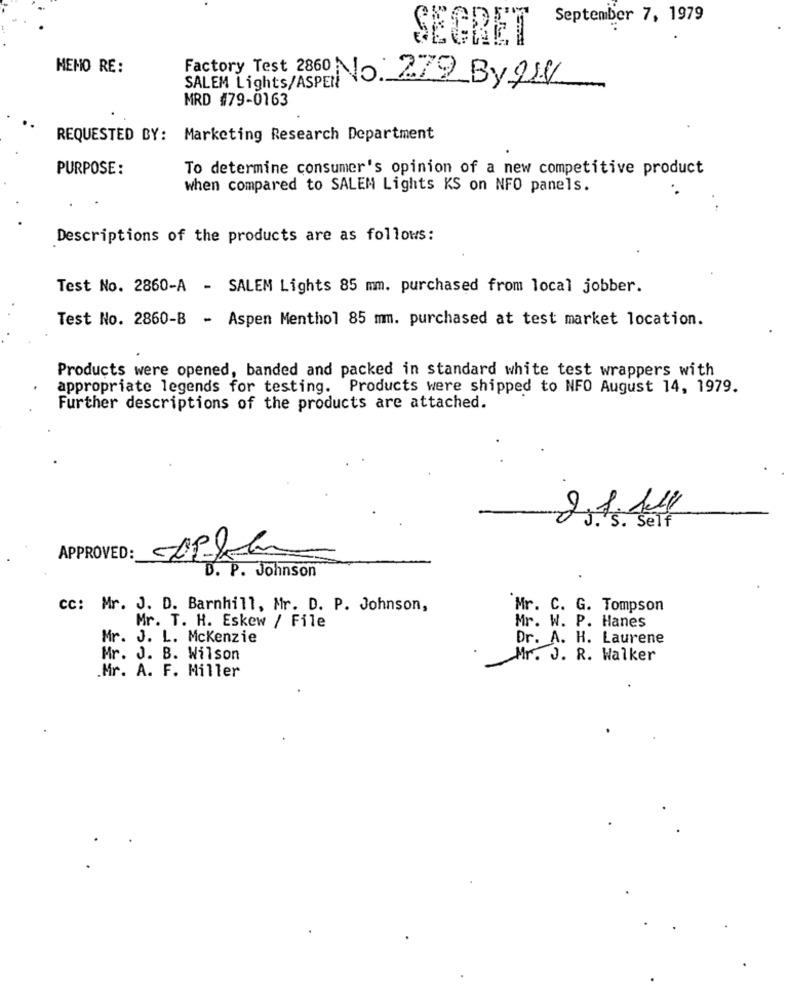
September 7, 1979
SEGRET
MEMO RE:
Factory Test 2860 No. 279_By914
SALEM Lights/ASPEN
MRD #79-0163
REQUESTED BY: Marketing Research Department
PURPOSE:
To determine consumer's opinion of a new competitive product
when compared to SALEM Lights KS on NFO panels.
Descriptions of the products are as follows:
Test No. 2860-A - SALEM Lights 85 mm. purchased from local jobber.
Test No. 2860-B - Aspen Menthol 85 mm. purchased at test market location.
Products were opened, banded and packed in standard white test wrappers with
appropriate legends for testing. Products were shipped to NFO August 14, 1979.
Further descriptions of the products are attached.
APPROVED:
D. P. Johnson
cc: Mr. J. D. Barnhill, Mr. D. P. Johnson,
Mr. C. G. Tompson
Mr. W. P. Hanes
Mr. T. H. Eskew / File
Mr. J. L. Mckenzie
Dr. A. H. Laurene
Mr. J. B. Wilson
Mr. J. R. Walker
.Mr. A. F. Miller